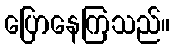
ပြောနေကြသည်။